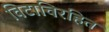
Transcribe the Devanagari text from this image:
विटाविरहित